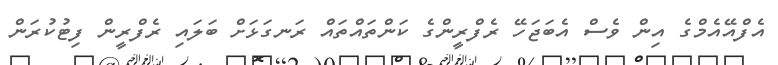
އެފްއޭއެމްގެ އިން ވެސް އެބަޖަހޭ ރެފްރީންގެ ކަންތައްތައް ރަނގަޅަށް ބަލައި ރެފްރީން ފިޓުކުރަން